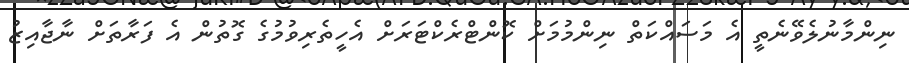
ނިންމާނުލެވޭނެތީ އެ މަސައްކަތް ނިންމުމަށް ކޮންޓްރެކްޓަރަށް އެހީތެރިވުމުގެ ގޮތުން އެ ފަރާތަށް ނާޖާއިޒު